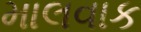
માલવાક